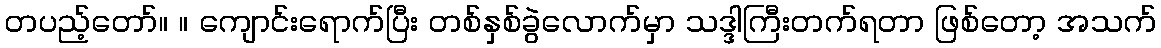
တပည့်တော်။ ။ ကျောင်းရောက်ပြီး တစ်နှစ်ခွဲလောက်မှာ သဒ္ဒါကြီးတက်ရတာ ဖြစ်တော့ အသက်